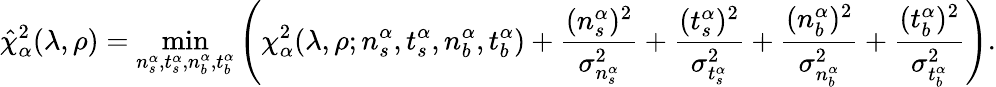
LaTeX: \hat{\chi}_{\alpha}^{2}(\lambda,\rho)=\operatorname*{min}_{n_{s}^{\alpha},t_{s}^{\alpha},n_{b}^{\alpha},t_{b}^{\alpha}}\left(\chi_{\alpha}^{2}(\lambda,\rho;n_{s}^{\alpha},t_{s}^{\alpha},n_{b}^{\alpha},t_{b}^{\alpha})+\frac{(n_{s}^{\alpha})^{2}}{\sigma_{n_{s}^{\alpha}}^{2}}+\frac{(t_{s}^{\alpha})^{2}}{\sigma_{t_{s}^{\alpha}}^{2}}+\frac{(n_{b}^{\alpha})^{2}}{\sigma_{n_{b}^{\alpha}}^{2}}+\frac{(t_{b}^{\alpha})^{2}}{\sigma_{t_{b}^{\alpha}}^{2}}\right).